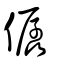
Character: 僝